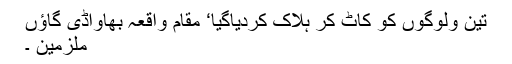
تین ولوگوں کو کاٹ کر ہلاک کردیاگیا‘ مقام واقعہ بھاواڈی گاؤں
ملزمین ۔